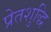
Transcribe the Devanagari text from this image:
प्रेतशुद्धि